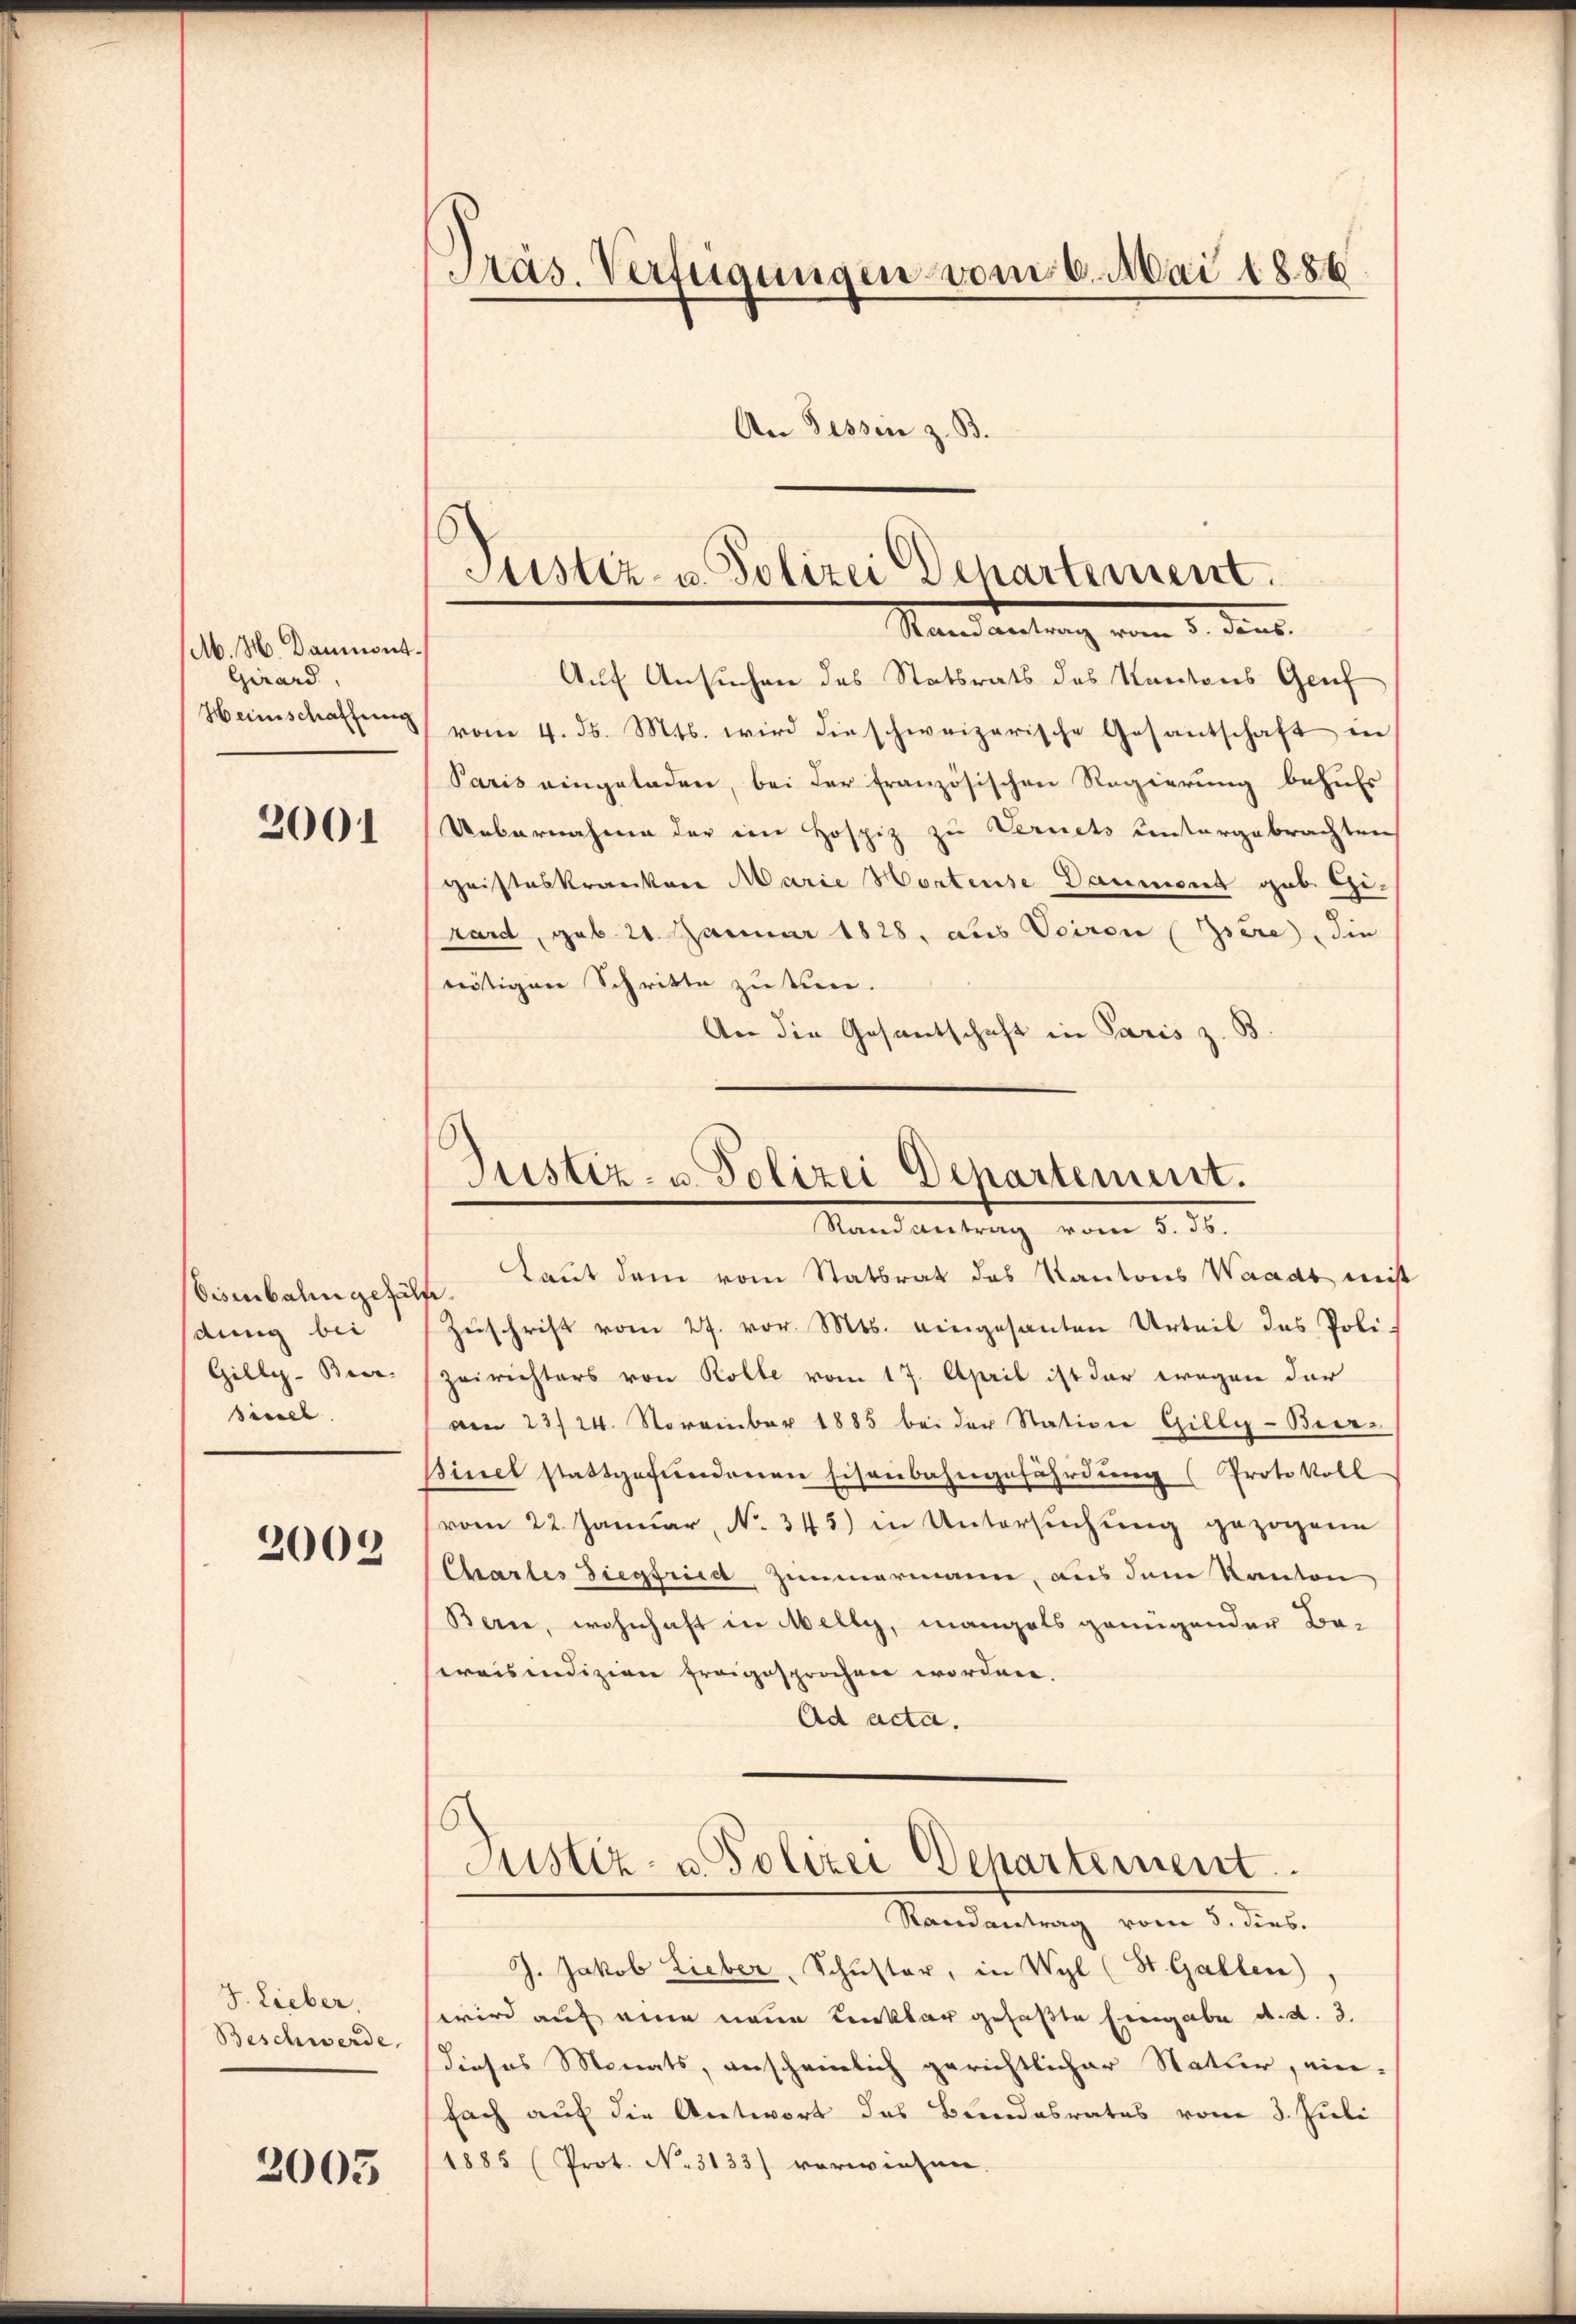
M. H. Daumont.
Girard,
Heinschaffung

2001

Eisenbahn gefäh
dung bei
Gilly-Bier-
sicell

2002

J. Lieber.
Beschwerde,

2003

An Fessen z. B.

Pas. Verfügungen vom 6. Mai 1886.

Justiz- u. Polizei Departement.
Manden
g vom 1. Fens

Auf Ansuchen des Statsrats des Kantons Genf
vom 4. ds. Mts. wird die schweizerische Gesantschaft in
Paris eingeladen, bei der französischen Regierung behufs
Uebernahme der im Hospiz zu Vernets untergebrachten
Christeskranken Marie Hortense Daument gab Girard, geb. 21. Januar 1828, aus Sciren (Zsère, die
nötigen Schritte zu tun.
An die Gesantschaft in Paris z. B.

Justiz- u. Polizei Departement.
Stand antrag vom 5. ds.

Laut dem vom Statbrat des Kantons Waadt mist
¬
Zuschrift vom 27. vor. Mts. eingesanten Urteil des Poli
Zeirichters von Rolle vom 17. April ist der wegen der
am 23/24. November 1885 bei der Station Gilly-Beer¬
Binel stattgefundenen Eisenbahngefährdung (Protokoll
vom 22. Janŭar N. 345) in Untersŭchŭng gezogene
Chartes Siegfrica, Zimmermann, aus dem Kanton
Bern, wohnhaft in Melly, mangels genügender Be-
ereisendizien freigesprochen worden.
Ad acta.
Justiz- u Polizei Departement.
Randantrag vom 3. dies.
J. Jakob Lieber, Schŭster, in Wyl (St. Gallen).
wird auf eine neue Lenkbar gefaßte Eingabe d.d. 3.
dieses Monats, anscheinlich gerichtlicher Natur, einfach auf die Antwort das Bundesrates vom 3. Juli
1885 (Prot. No. 3133) vorwiesen.